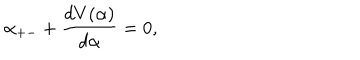
LaTeX: \alpha _ { + - } + \frac { d V ( \alpha ) } { d \alpha } = 0 ,